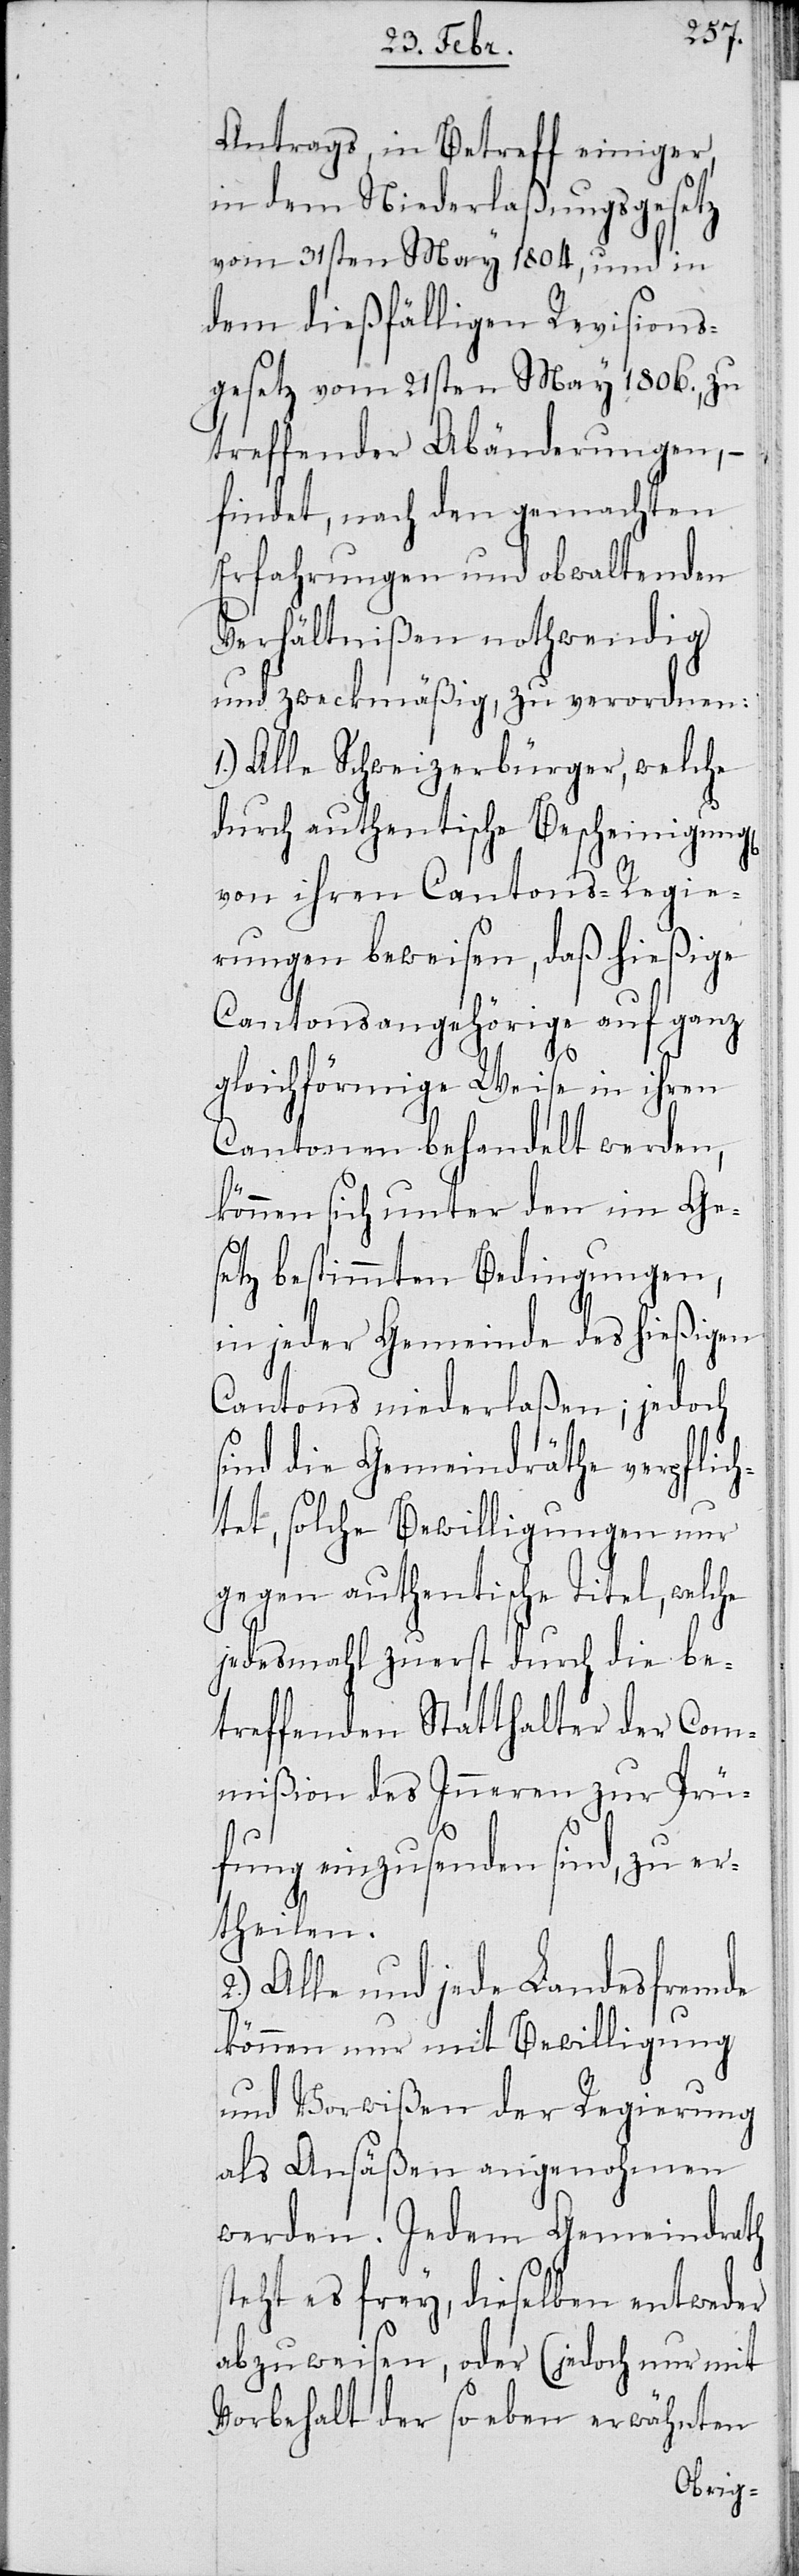
2.)
Antrags, in Betreff einiger,
in dem Niederlaßungsgesetz
vom 31sten May 1804, und in
dem dießfälligen Revisions¬
gesetz vom 21sten May 1806., zu
treffender Abänderungen, –
findet, nach den gemachten
Erfahrungen und obwaltenden
Verhältnißen nothwendig
und zweckmäßig, zu verordnen:
1.) Alle Schweizerbürger, welche
durch authentische Bescheinigung
von ihren Cantons-Regie¬
rungen beweisen, daß hießige
Cantonsangehörige auf ganz
s¬
gleichförmige Weise in ihren
Cantonen behandelt werden,
können sich unter den im Ges¬
etz bestimmten Bedingungen,
in jeder Gemeinde des hießigen
Cantons niederlaßen; jedoch
sind die Gemeindräthe verpflich¬
tet, solche Bewilligungen nur
gegen authentische Titel, welche
jedesmahl zuerst durch die be¬
treffenden Statthalter der Com¬
mißion des Inneren zur Prü¬
fung einzusenden sind, zu er¬
theilen.
Alle und jede Landesfremde
können nur mit Bewilligung
und Vorwißen der Regierung
als Ansäßen angenohmen
werden. Jedem Gemeindrath
teht es frey, dieselben entweder
abzuweisen, oder (jedoch nur mit
Vorbehalt der so eben erwähnten